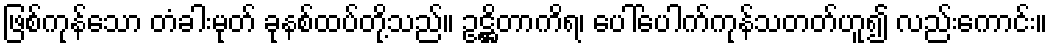
ဖြစ်ကုန်သော တံခါးမုတ် ခုနစ်ထပ်တို့သည်။ ဥဋ္ဌိတာကိရ၊ ပေါ်ပေါက်ကုန်သတတ်ဟူ၍ လည်းကောင်း။